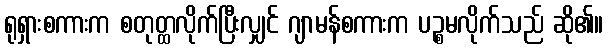
ရုရှားစကားက စတုတ္ထလိုက်ပြီးလျှင် ဂျာမန်စကားက ပဉ္စမလိုက်သည် ဆို၏။